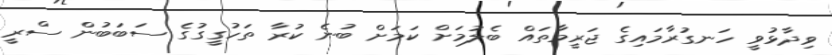
ވިދާޅުވީ ހަނގުރާމައިގެ ޖަރީމާތައް ބެލުމަށް ކަމަށް ބުނެ ކުރާ ތަހުގީގުގެ ސަބަބުން ސްރީ